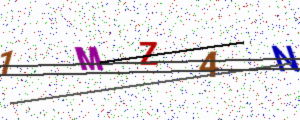
Text: 1MZ4N